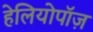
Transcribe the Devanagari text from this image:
हेलियोपॉज़